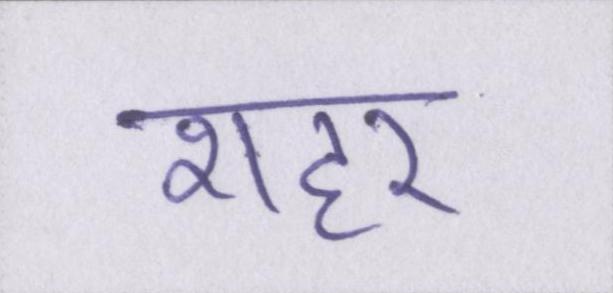
शहर